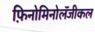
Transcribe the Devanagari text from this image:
फ़िनोमिनोलॅजीकल